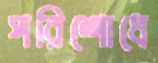
পরিশোধে